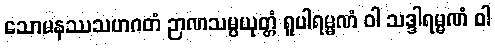
သောမနဿသဟဂတံ ဉာဏသမ္ပယုတ္တံ ရူပါရမ္မဏံ ဝါ သဒ္ဒါရမ္မဏံ ဝါ